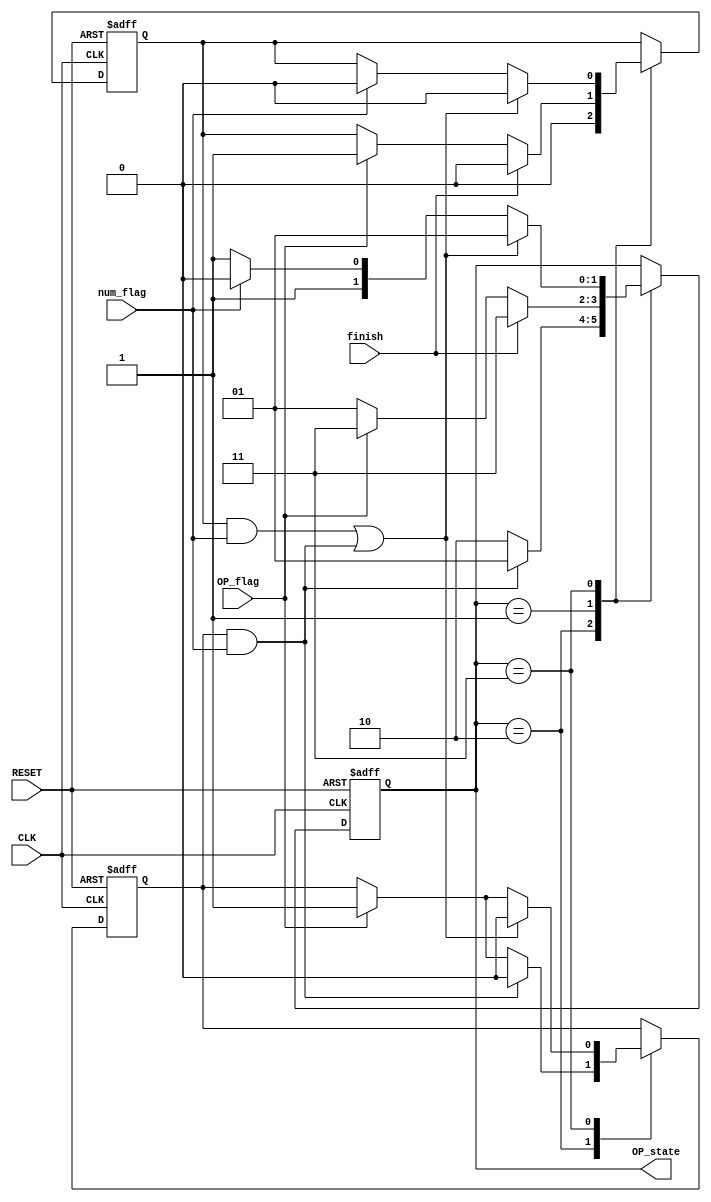
`timescale 1ns / 1ps
//////////////////////////////////////////////////////////////////////////////////
// Company: 
// Engineer: 
// 
// Design Name: 
// Module Name: OP_state
// Project Name: 
// Target Devices: 
// Tool Versions: 
// Description: 
// 
// Dependencies: 
// 
// Revision:
// Revision 0.01 - File Created
// Additional Comments:
// 
//////////////////////////////////////////////////////////////////////////////////


module OP_state(
    input  wire        CLK            ,
    input  wire        RESET          ,
//    input  wire        select_state   ,
    input  wire        finish         ,
    input  wire        num_flag       ,
    input  wire        OP_flag        ,
    output reg   [1:0] OP_state
    );
    
parameter SRC = 2'b10 ,  DST = 2'b01 , RESULT = 2'b11 ;
reg        DST2 = 1'b0;
reg        OP   = 1'b0;


always@ (posedge CLK ,posedge RESET)
    begin
        if(RESET)
            begin
               OP_state <= SRC;
               DST2 <= 1'b0;
               OP <= 1'b0;
           end
        else
            begin
                case(OP_state)
                    SRC    :
                        begin
                            DST2 <= 1'b0;
                            
                            if (OP_flag)
                                OP <= 1'b1;
                            
                            if(OP && num_flag)
                                begin
                                    OP_state <= DST ;
                                    OP <= 1'b0;
                                end
                            else
                                OP_state <= SRC ;
                        end
                    DST    :
                        if(finish)  
                            begin
                                OP_state <= RESULT;
                                DST2 <= 1'b0;
                            end
                        else if(OP_flag)
                            begin
                                OP_state <= RESULT;
                                DST2 <= 1'b1;
                            end
                        else
                            OP_state <= DST ;
                    RESULT  :
                        begin
                            if (OP_flag)
                                OP <= 1'b1;
                        
                            if( (DST2 && num_flag) || (OP && num_flag) )
                                begin
                                    OP <= 1'b0 ;
                                    DST2 <= 1'b0;
                                    OP_state <= DST;
                                end
                            else if(num_flag )
                                begin
                                    DST2 <= 1'b0;
                                    OP_state <= SRC;
                                end
                            else
                                OP_state <= RESULT;  
                        end                 
                endcase
            end
    end
endmodule
//always@ (posedge CLK ,posedge RESET)
//    begin
//        if(RESET)
//            OP_state <= SRC;
//        else
//            begin
//                case(OP_state)
//                    SRC   :
//                        if(select_state==1)
//                            OP_state <= DST;
//                        else
//                            OP_state <= SRC;
//                    DST   :
//                        if(select_state==1 && finish == 1)
//                            OP_state <= RESULT;
//                        else 
//                            OP_state <= DST;
//                    RESULT:
//                        if(select_state==0 && num_flag == 1)
//                            OP_state <= SRC;
//                        else if(select_state==1 && OP_flag == 1)
//                            OP_state <= DST;
//                        else
//                            OP_state <= RESULT;                 
//                    default:
//                        OP_state <= SRC;
//                endcase
//            end
//    end
//endmodule